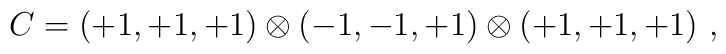
C=(+1, +1, +1)  \otimes (-1, -1, +1) \otimes (+1, +1, +1)~,~\,